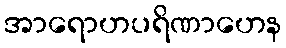
အာရောဟပရိဏာဟေန